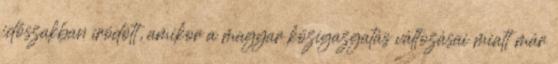
időszakban íródott, amikor a magyar közigazgatás változásai miatt már